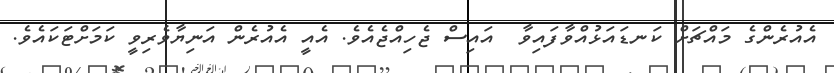
އެއުރެންގެ މައްޗަށް ކަނޑައަޅުއްވާފައިވާ  އައިސް ޖެހިއްޖެއެވެ. އެއީ އެއުރެން އަނިޔާވެރިވީ ކަމަށްޓަކައެވެ.